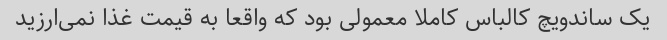
یک ساندویچ کالباس کاملا معمولی بود که واقعا به قیمت غذا نمی‌ارزید